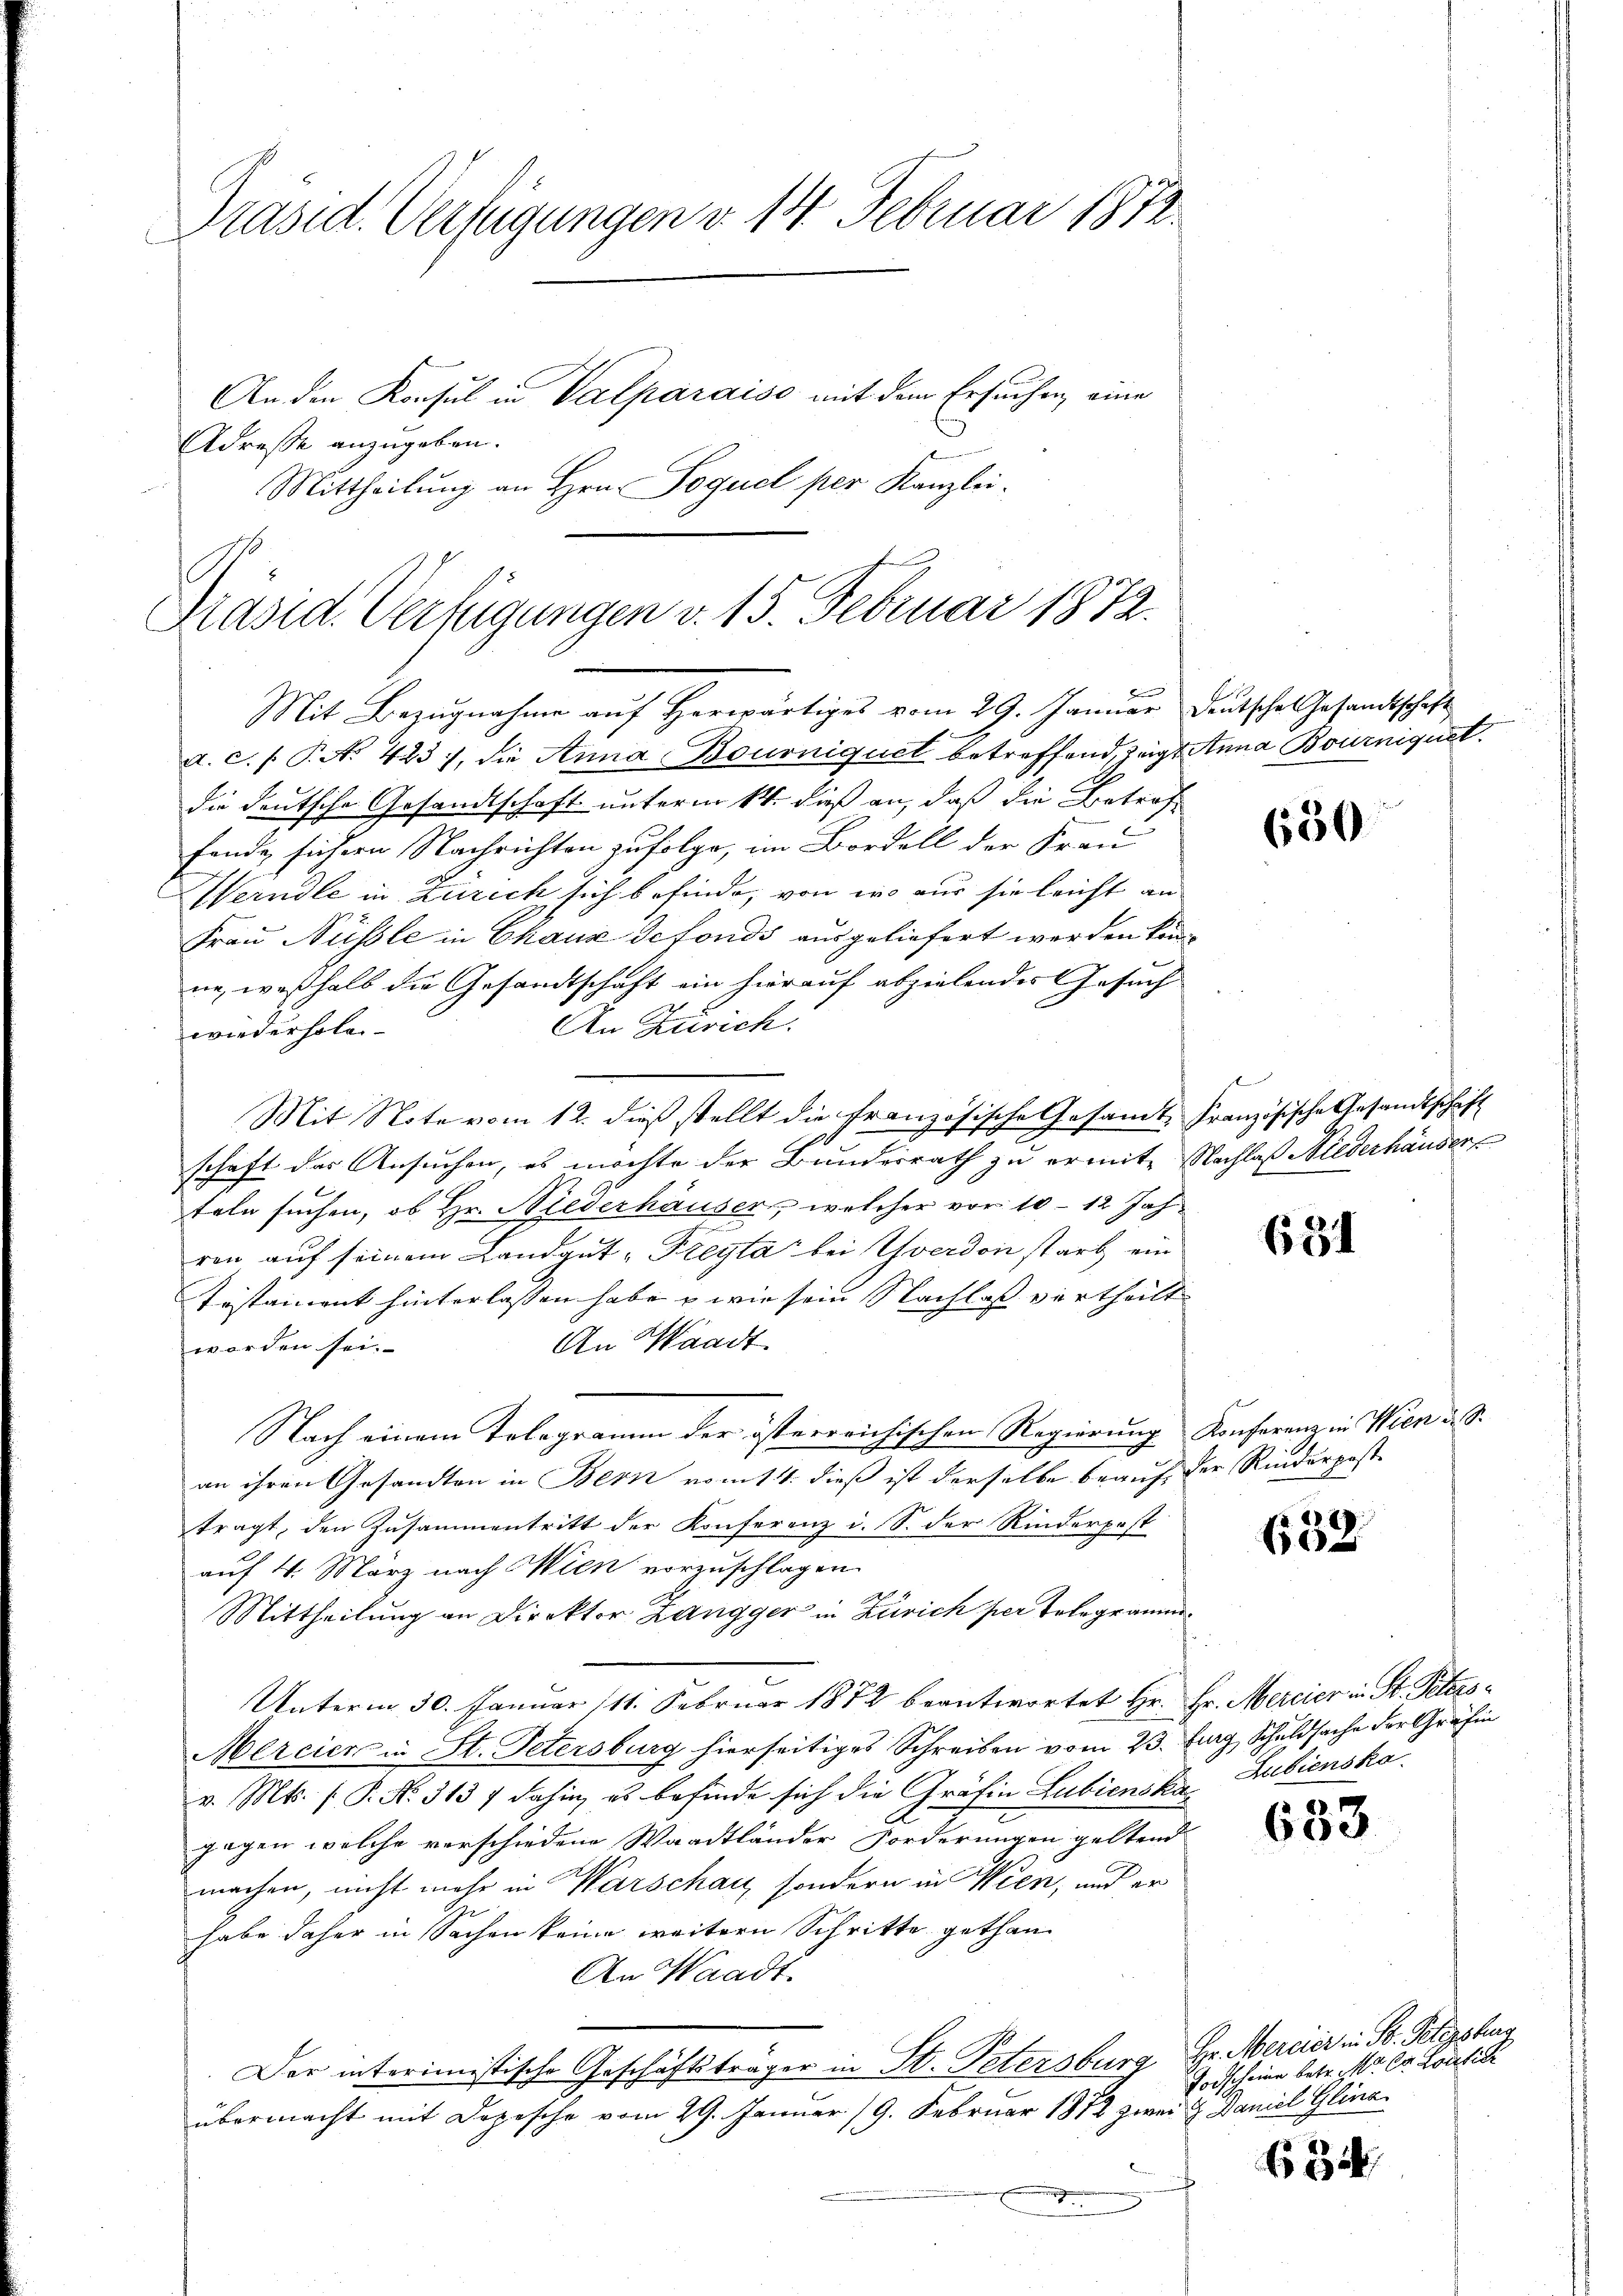
Präsid. Verfügungen v. 14. Februar 1872
An den Konsul in Valparaiso mit dem Ersuchen, eine
Adresse anzugeben.
Mittheilung an Hrn. Poguel per Kanzlei-

Präsid. Verfügungen v. 15. Februar 1872.
Mit Bezugnahme auf Horwärtiges vom 29. Januar Deutsche Gesandtschaft
a. c. s. P. No 423, die Anna Bourniquet betreffend, zeigt Anna Bourniquet

die deutsche Gesandtschaft unterm 14. dieß an, daß die Betroffende sichern Nachrichten zufolge, im Bordell der Frau
Werndle in Zürich sich befinde, von wo nur sie leicht an
Frau Nüssle in Chaus defonds ausgeliefert werden könnne, weßhalb die Gesandtschaft ein hierauf abzielendes Gesuch
An Zürich.
wiederholen
Mit Note vom 12. dieß stellt die Französische Gesamt-Französische Gesandtschaft
t
schaft das Ansuchen, es möchte der Bundesrath zu ermite Nachlaß Niederhäuser
teln suchen, ob Hr. Niederhäuser, welcher vor 10 - 12 Jahren auf seinem Landgut Freyta bei Yverdon starb ein
Testament hinterlassen habe & wie sein Nachlass vertheilt
An Waadt.
worden sei.
Nach einem Telegramm der österreichischen Regierung Konferenz in Wien u. S.
an ihren Gesandten in Bern vom 11. dieß ist derselbe beauf der Rinderposte
tragt, den Zusammentritt der Konferenz i. S. der Rinderpost
auf 4. März nach Wien vorzuschlagen.
Mittheilung an Direktor Zangger in Zürich per Telegramm¬

Unterm 30. Januar (11. Februar 1872 beantwortet Hr. Hr. Mercier in St. Peters¬
Mercier in St. Petersburg hierseitiges Schreiben vom 23. Juny, Schuldsache der Gräfin
v. Mts. f. P. N. 313 f dahin, es befinde sich die Gräfin Lubienska Lubiensko
gegen welche verschiedene Waadtländer Forderungen geltend
machen, nicht mehr in Warschau, sondern in Wien, und er
habe daher in Sachen keine weitern Schritte gethan
An Waadt.
Der interimistische Geschäftsträger in St. Petersburg, Hr. Mercier in St. Petersbur
übermacht mit Dozische vom 29. Januar 19. Februar 1872 zwei & Daniel Glina
 englich

630

631

2
658

633

Todscheine betr. Mr. C. Crasili

634